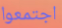
اجتمعوا